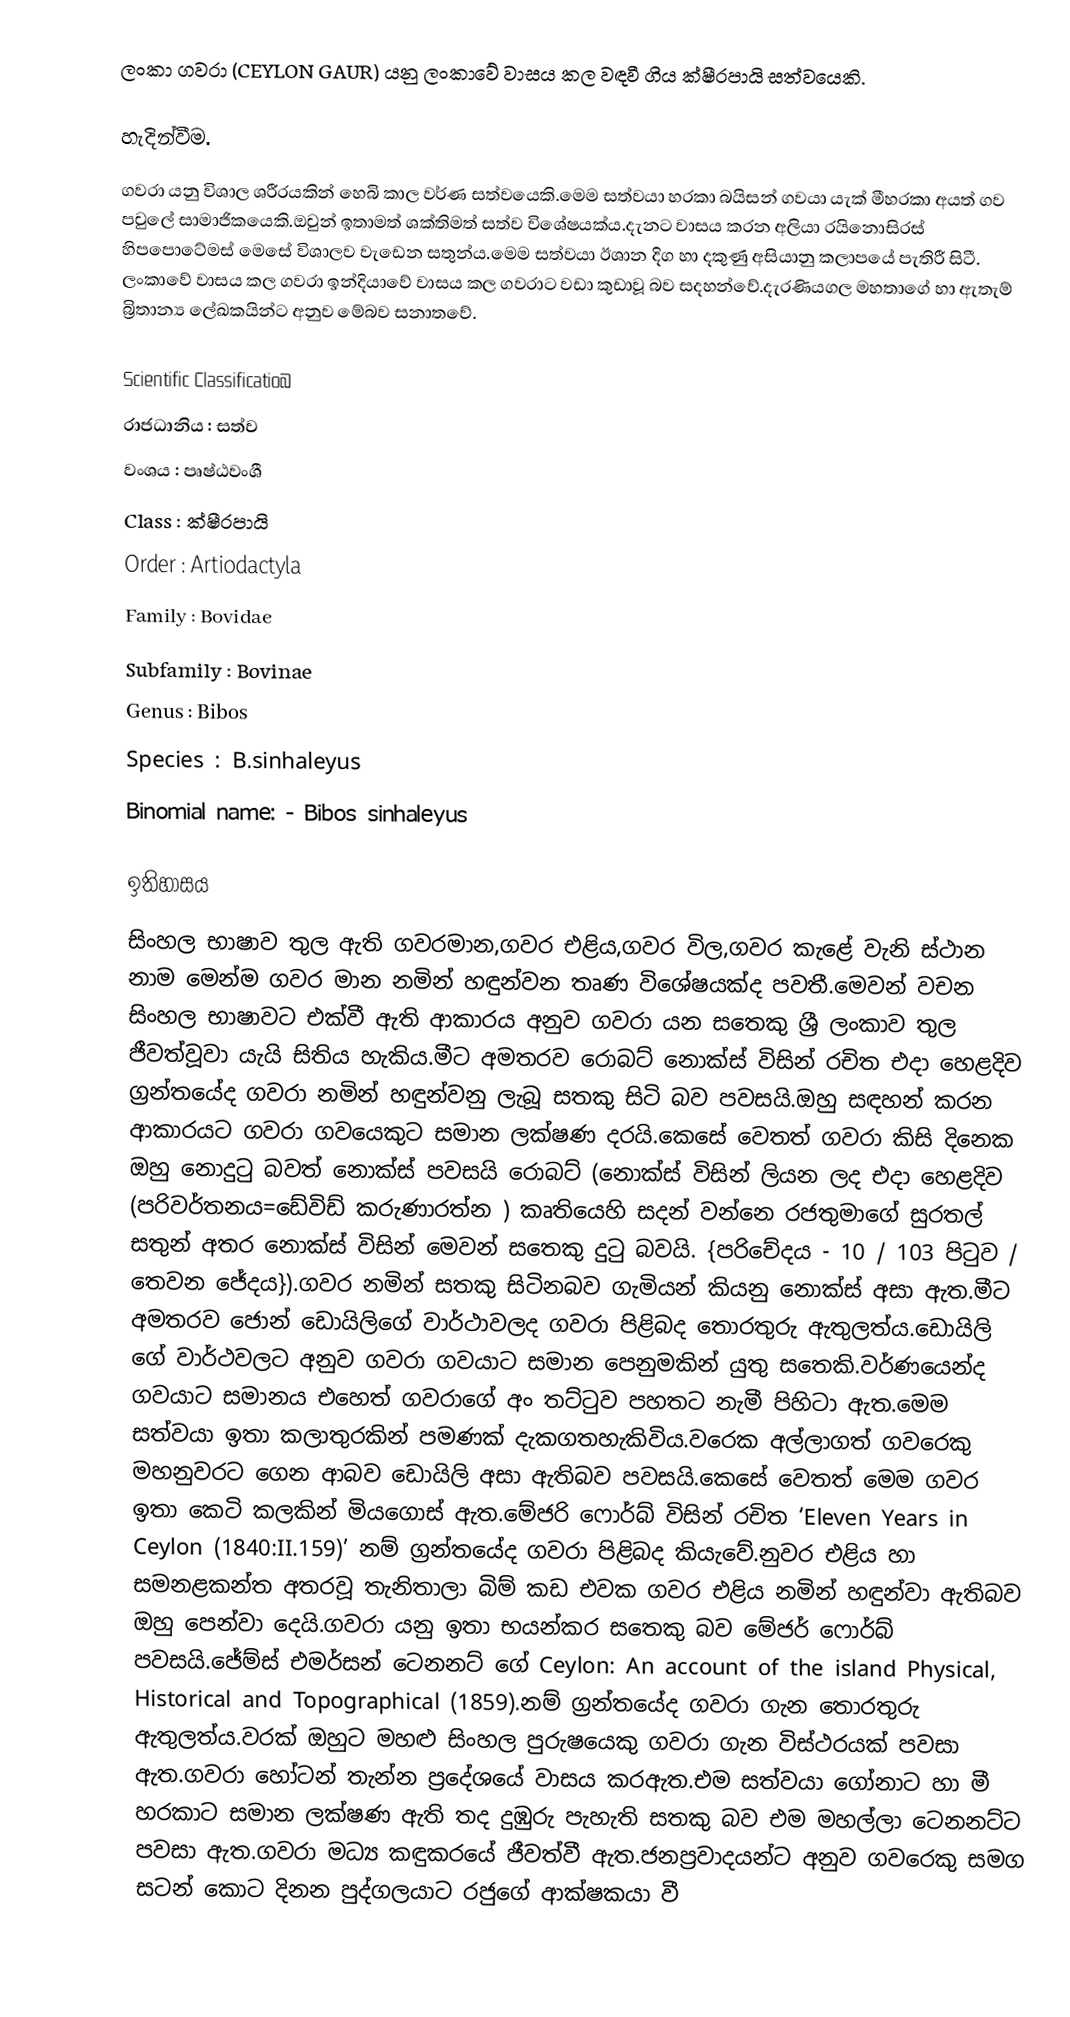
ලංකා ගවරා (CEYLON GAUR) යනු ලංකාවේ වාසය කල වඳවී ගිය ක්ෂීරපායි සත්වයෙකි.

හැදින්වීම.
ගවරා යනු විශාල ශරීරයකින් හෙබි කාල වර්ණ සත්වයෙකි.මෙම සත්වයා හරකා බයිසන් ගවයා යැක් මීහරකා අයත් ගව පවුලේ සාමාජිකයෙකි.ඔවුන් ඉතාමත් ශක්තිමත් සත්ව විශේෂයක්ය.දැනට වාසය කරන අලියා රයිනොසිරස් හිපපොටේමස් මෙසේ විශාලව වැඩෙන සතුන්ය.මෙම සත්වයා ඊශාන දිග හා දකුණු අසියානු කලාපයේ පැතිරී සිටී. ලංකාවේ වාසය කල ගවරා ඉන්දියාවේ වාසය කල ගවරාට වඩා කුඩාවූ බව සදහන්වේ.දැරණියගල මහතාගේ හා ඇතැම් බ්‍රිතාන්‍ය ලේඛකයින්ට අනුව මේබව සනාතවේ.

 Scientific Classificatioබ
 රාජධානිය	: සත්ව
 වංශය	: පෘෂ්ඨවංශී
 Class	: ක්ෂීරපායි
 Order	: Artiodactyla
 Family	: Bovidae
 Subfamily	: Bovinae
 Genus	: Bibos
 Species	: B.sinhaleyus
 Binomial name: - Bibos sinhaleyus

ඉතිහාසය
සිංහල භාෂාව තුල ඇති ගවරමාන,ගවර එළිය,ගවර විල,ගවර කැළේ වැනි ස්ථාන නාම මෙන්ම ගවර මාන නමින් හඳුන්වන තෘණ විශේෂයක්ද පවතී.මෙවන් වචන සිංහල භාෂාවට එක්වී ඇති ආකාරය අනුව ගවරා යන සතෙකු ශ්‍රී ලංකාව තුල ජීවත්වූවා යැයි සිතිය හැකිය.මීට අමතරව රොබට් නොක්ස් විසින් රචිත එදා හෙළදිව ග්‍රන්තයේද ගවරා නමින් හඳුන්වනු ලැබූ සතකු සිටි බව පවසයි.ඔහු සඳහන් කරන ආකාරයට ගවරා ගවයෙකුට සමාන ලක්ෂණ දරයි.කෙසේ වෙතත් ගවරා කිසි දිනෙක ඔහු නොදුටු බවත් නොක්ස් පවසයි රොබට් (නොක්ස් විසින් ලියන ලද  එදා හෙළදිව (පරිවර්තනය=ඩේවිඩ් කරුණාරත්න ) කෘතියෙහි සදන් වන්නෙ රජතුමාගේ සුරතල් සතුන්  අතර නොක්ස් විසින් මෙවන් සතෙකු දුටු බවයි.  {පරිචේදය - 10 / 103 පිටුව / තෙවන ජේදය}).ගවර නමින් සතකු සිටිනබව ගැමියන් කියනු නොක්ස් අසා ඇත.මීට අමතරව ජොන් ඩොයිලිගේ වාර්ථාවලද ගවරා පිළිබද තොරතුරු ඇතුලත්ය.ඩොයිලි ගේ වාර්ථවලට අනුව ගවරා ගවයාට සමාන පෙනුමකින් යුතු සතෙකි.වර්ණයෙන්ද ගවයාට සමානය එහෙත් ගවරාගේ අං තට්ටුව පහතට නැමී පිහිටා ඇත.මෙම සත්වයා ඉතා කලාතුරකින් පමණක් දැකගතහැකිවිය.වරෙක අල්ලාගත් ගවරෙකු මහනුවරට ගෙන ආබව ඩොයිලි අසා ඇතිබව පවසයි.කෙසේ වෙතත් මෙම ගවර ඉතා කෙටි කලකින් මියගොස් ඇත.මේජරි ෆොර්බ් විසින් රචිත ‘Eleven Years in Ceylon (1840:II.159)’ නම් ග්‍රන්තයේද ගවරා පිළිබද කියැවේ.නුවර එළිය හා සමනළකන්ත අතරවූ තැනිතාලා බිම් කඩ එවක ගවර එළිය නමින් හඳුන්වා ඇතිබව ඔහු පෙන්වා දෙයි.ගවරා යනු ඉතා භයන්කර සතෙකු බව මේජර් ෆොර්බ් පවසයි.ජේම්ස් එමර්සන් ටෙනනට් ගේ  Ceylon: An account of the island Physical, Historical and Topographical (1859).නම් ග්‍රන්තයේද ගවරා ගැන තොරතුරු ඇතුලත්ය.වරක් ඔහුට මහළු සිංහල පුරුෂයෙකු ගවරා ගැන විස්ථරයක් පවසා ඇත.ගවරා හෝටන් තැන්න ප්‍රදේශයේ වාසය කරඇත.එම සත්වයා ගෝනාට හා මී හරකාට සමාන ලක්ෂණ ඇති තද දුඹුරු පැහැති සතකු බව එම මහල්ලා ටෙනනට්ට පවසා ඇත.ගවරා මධ්‍ය කඳුකරයේ ජීවත්වී ඇත.ජනප්‍රවාදයන්ට අනුව ගවරෙකු සමග සටන් කොට දිනන පුද්ගලයාට රජුගේ ආක්ෂකයා වී